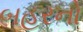
બહરનો